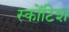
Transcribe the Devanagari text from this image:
स्कोंटिश